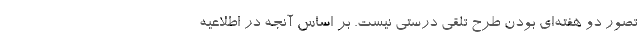
تصور دو هفته‌ای بودن طرح تلقی درستی نیست. بر اساس آنجه در اطلاعیه